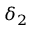
\delta _ { 2 }